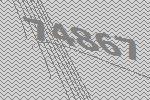
74867